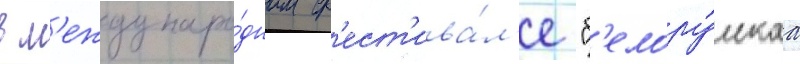
в м'еждунаро́дном ф'ест'ива́л'е "б'елору́сскаа